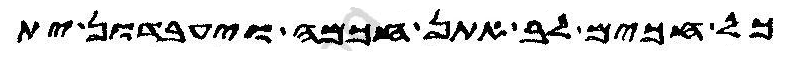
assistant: כל חכים לב אתן חכמה ויעבדון ית